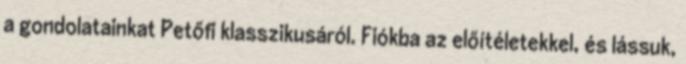
a gondolatainkat Petőfi klasszikusáról. Fiókba az előítéletekkel, és lássuk,